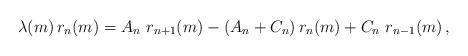
LaTeX: \begin{align*} \lambda(m)\, r_n(m)=A_{n}\ r_{n+1}(m) -(A_n+C_n)\,r_n(m)+ C_n \ r_{n-1}(m)\,,\end{align*}